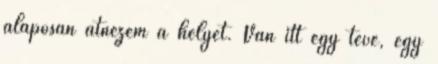
alaposan átnézem a helyet. Van itt egy tévé, egy